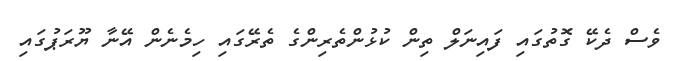
ވެސް ދެކޭ ގޮތުގައި ފައިނަލް ތިން ކުޅުންތެރިންގެ ތެރޭގައި ހިމެނެން އޭނާ ޔޫރަޕުގައި